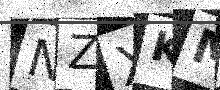
Text: NZXKMB